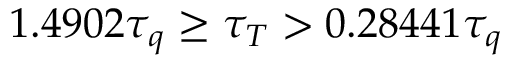
1 . 4 9 0 2 \tau _ { q } \geq \tau _ { T } > 0 . 2 8 4 4 1 \tau _ { q }